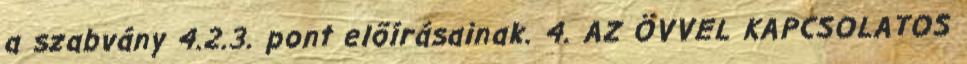
a szabvány 4.2.3. pont elõírásainak. 4. AZ ÖVVEL KAPCSOLATOS